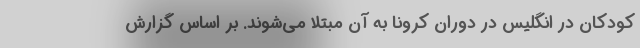
کودکان در انگلیس در دوران کرونا به آن مبتلا می‌شوند. بر اساس گزارش